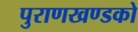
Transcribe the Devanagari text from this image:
पुराणखण्डको